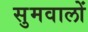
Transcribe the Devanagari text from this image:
सुमवालों